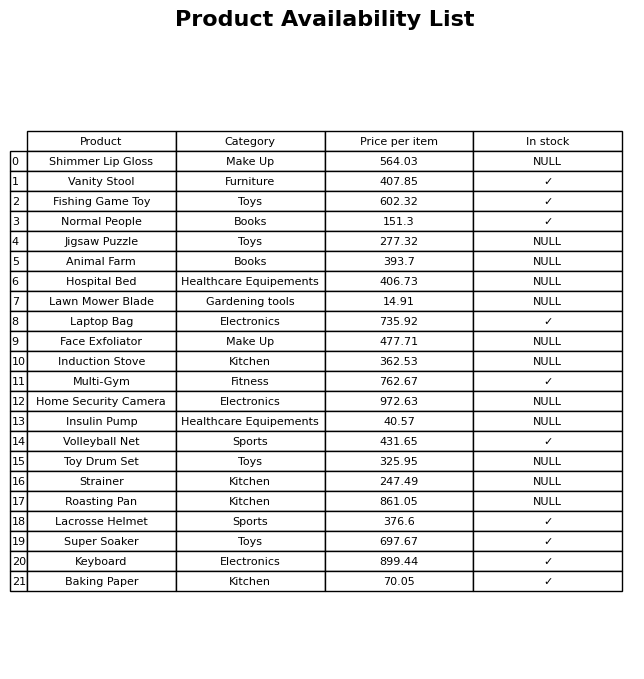
question: What category does the Lacrosse Helmet belong to?
answer: Sports